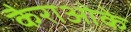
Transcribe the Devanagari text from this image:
कैराओके